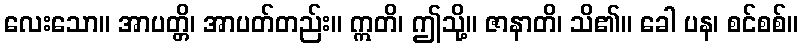
လေးသော။ အာပတ္တိ၊ အာပတ်တည်း။ ဣတိ၊ ဤသို့။ ဇာနာတိ၊ သိ၏။ ခေါ ပန၊ စင်စစ်။